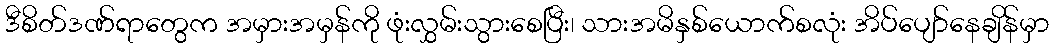
ဒီစိတ်ဒဏ်ရာတွေက အမှားအမှန်ကို ဖုံးလွှမ်းသွားစေပြီး၊ သားအမိနှစ်ယောက်စလုံး အိပ်ပျော်နေချိန်မှာ